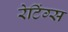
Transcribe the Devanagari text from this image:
रेटिंग्‍स